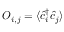
O _ { i , j } = \langle \hat { c } _ { i } ^ { \dagger } \hat { c } _ { j } \rangle